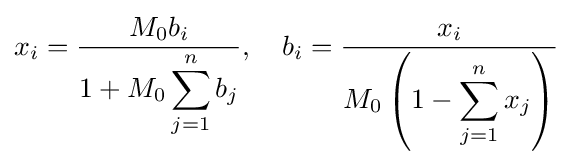
x_{i}={\frac {M_{0}b_{i}}{1+M_{0}\displaystyle \sum _{j=1}^{n}b_{j}}},\quad b_{i}={\frac {x_{i}}{M_{0}\left(1-\displaystyle \sum _{j=1}^{n}x_{j}\right)}}